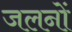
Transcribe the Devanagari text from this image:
जलनों